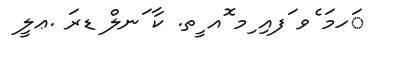
ަހމަ ެވ ަފއި ިމ ޮއ ީތ. ކާ ަނލް ޑރަ .ޢލީ